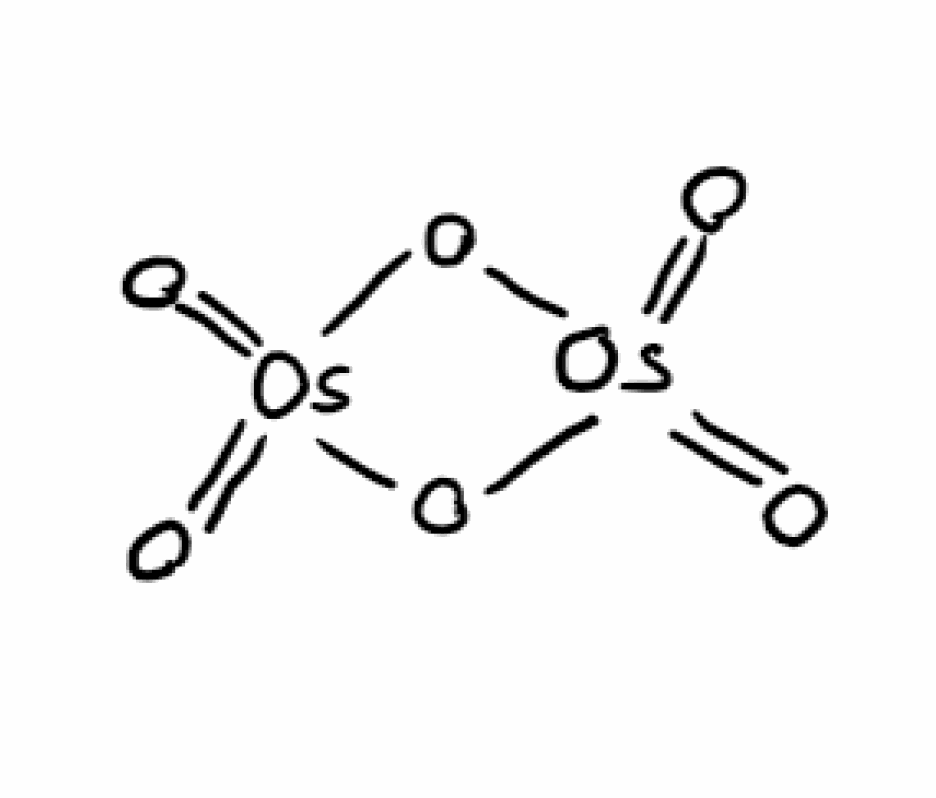
Simplified molecular-input line-entry system (SMILES) notation of the given molecule:
O=[Os]1(=O)O[Os](=O)(=O)O1